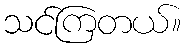
သင်ကြတယ်။